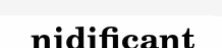
nidificant